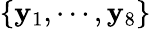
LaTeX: \{ \mathbf{y}_{1},\cdots,\mathbf{y}_{8}\}